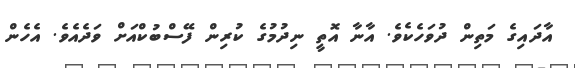
އާދައިގެ މަތިން ދުވަހެކެވެ. އާނާ އޮތީ ނިދުމުގެ ކުރިން ފޭސްބުކްއަށް ވަދެއެވެ. އެހެން